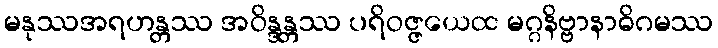
မနုဿအရဟန္တဿ အဝိန္ဒန္တဿ ပရိဝဇ္ဇယေထ မဂ္ဂနိဗ္ဗာနာဓိဂမဿ